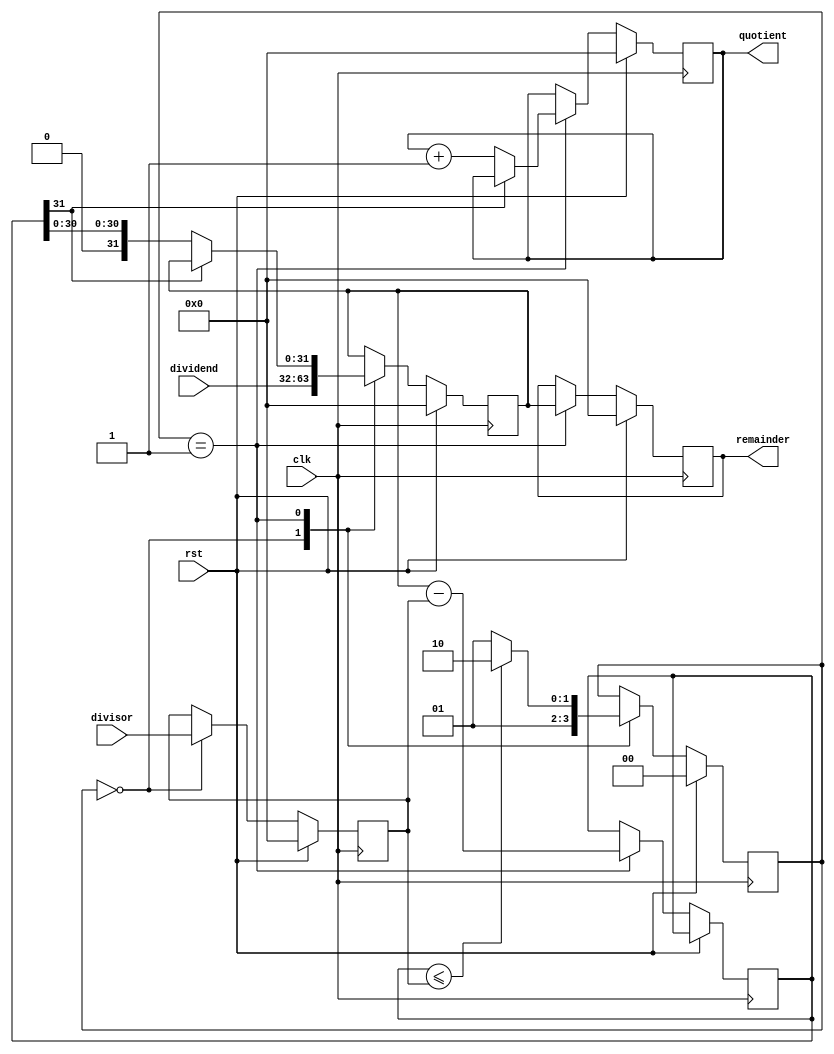
module Restoring_Divider(
    input clk,
    input rst,
    input [31:0] dividend,
    input [31:0] divisor,
    output reg [31:0] quotient,
    output reg [31:0] remainder
);

reg [31:0] dividend_reg;
reg [31:0] divisor_reg;
reg [31:0] quotient_reg;
reg [31:0] remainder_reg;
reg [31:0] subtractor_out;
reg [1:0] state;
reg done;

always @(posedge clk) begin
    if(rst) begin
        state <= 2'b00;
        done <= 1'b0;
        dividend_reg <= 32'h0;
        divisor_reg <= 32'h0;
        quotient_reg <= 32'h0;
        remainder_reg <= 32'h0;
    end else begin
        case(state)
            0: begin // Load inputs
                dividend_reg <= dividend;
                divisor_reg <= divisor;
                state <= 2'b01;
            end
            1: begin // Perform division
                subtractor_out <= dividend_reg - divisor_reg;
                if(subtractor_out[31] == 0) begin
                    quotient_reg <= quotient_reg + 1;
                    dividend_reg <= subtractor_out;
                end
                else begin
                    dividend_reg <= dividend_reg;
                end
                remainder_reg <= dividend_reg;
                
                if(subtractor_out <= divisor_reg) begin
                    state <= 2'b10; // Done
                    done <= 1'b1;
                end else begin
                    state <= 2'b01;
                end
            end
            2: begin // Done
                // do nothing
            end
        endcase
    end
end

assign quotient = quotient_reg;
assign remainder = remainder_reg;

endmodule